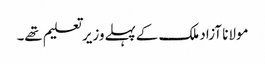
مولانا آزاد ملک کےپہلےوزیرتعلیم تھے۔